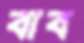
বাব